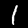
Digit: 1